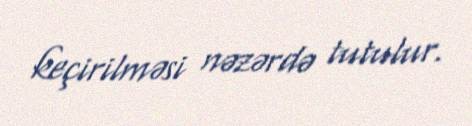
keçirilməsi nəzərdə tutulur.